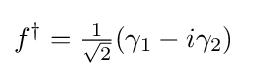
f^{\dagger }={\tfrac {1}{\sqrt {2}}}(\gamma _{1}-i\gamma _{2})~